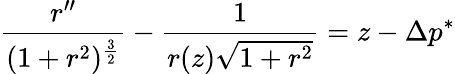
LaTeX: {\frac{r^{\prime\prime}}{(1+r^{2})^{\frac{3}{2}}}}-{\frac{1}{r(z){\sqrt{1+r^{2}}}}}=z-\Delta p^{*}